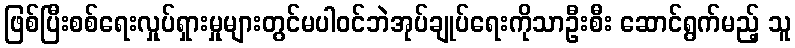
ဖြစ်ပြီးစစ်ရေးလှုပ်ရှားမှုများတွင်မပါဝင်ဘဲအုပ်ချုပ်ရေးကိုသာဦးစီး ဆောင်ရွက်မည့် သူ